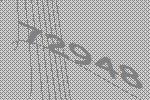
72948